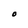
Character: O